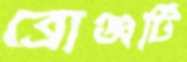
ব্রোঞ্জটি